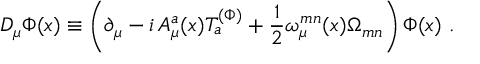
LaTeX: { \cal D } _ { \mu } \Phi ( x ) \equiv \left( \partial _ { \mu } - i \, { A _ { \mu } ^ { a } } ( x ) T _ { a } ^ { ( \Phi ) } + \frac 1 2 \omega _ { \mu } ^ { m n } ( x ) \Omega _ { m n } \right) \Phi ( x ) \, \, .